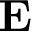
\mathbf { E }